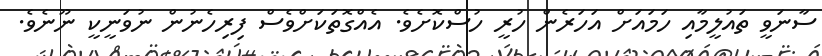
ސާނަވީ ތައުލީމާއި ހަމައަށް އަހަރެން ހުރީ ހުސްކޮށެވެ. އެއްގޮތަކަށްވެސް ފިރިހެނުން ނުވަނީކީ ނޫނެވެ.